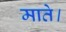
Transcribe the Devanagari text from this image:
माते।